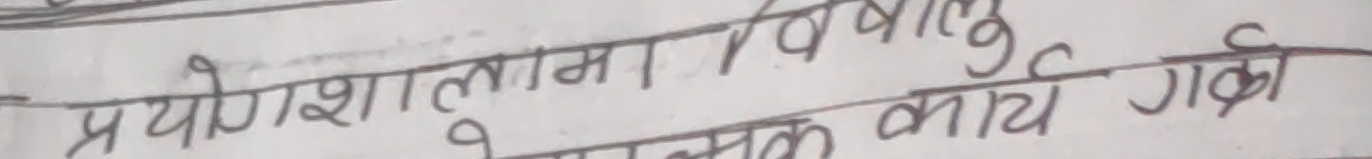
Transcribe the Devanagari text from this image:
प्रयोगशालामा बिवादन कार्य गर्छी